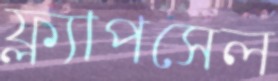
ফ্ল্যাপসেল